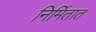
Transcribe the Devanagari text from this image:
निर्मितात